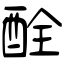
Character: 酫